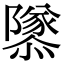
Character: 𨽎